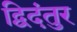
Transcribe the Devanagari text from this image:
द्विदंतुर